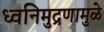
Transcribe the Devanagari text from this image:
ध्वनिमुद्रणामुळे